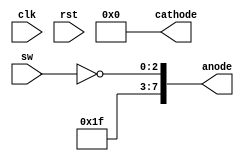
module top_test (
	input clk, rst,
	input [2:0] sw,
	output [7:0] anode,
	output [7:0] cathode
);
	assign cathode = 8'b00000000;
	assign anode = {5'b11111, ~sw[2:0]};
endmodule